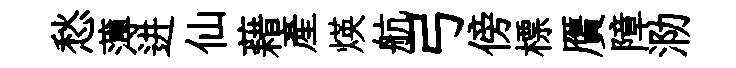
愁薄进仙藉產煐航弓傍標贋障泐